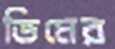
ভিমের